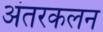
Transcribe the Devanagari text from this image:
अंतरकलन